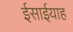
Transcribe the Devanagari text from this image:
ईसाईयाह